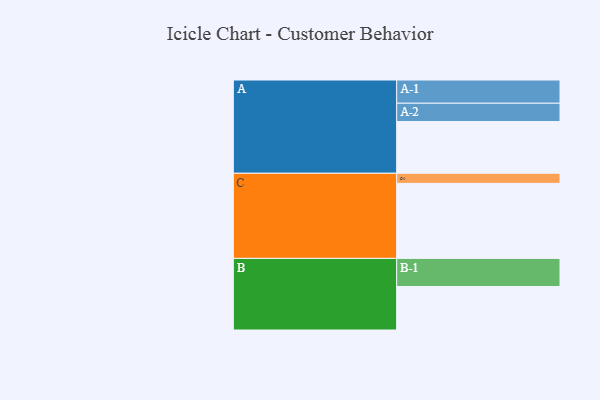
{"axis": {"x": "Segment", "y": "Value"}, "legend": ["", "A", "B", "C"], "data": [{"x": "A", "y": 401, "type": ""}, {"x": "B", "y": 337, "type": ""}, {"x": "C", "y": 582, "type": ""}, {"x": "A-1", "y": 180, "type": "A"}, {"x": "A-2", "y": 142, "type": "A"}, {"x": "B-1", "y": 218, "type": "B"}, {"x": "C-1", "y": 78, "type": "C"}]}